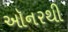
ઑનરથી